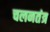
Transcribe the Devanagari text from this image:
चलनतंत्र